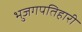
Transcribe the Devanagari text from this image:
भुजगपतिहारी